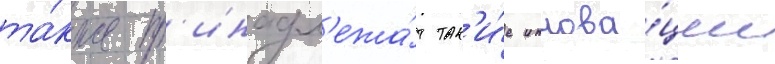
та́кже пр'инадл'ежа́т так'и́е иннова́ции